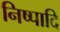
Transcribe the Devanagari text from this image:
निष्पादि